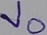
Text: Vo